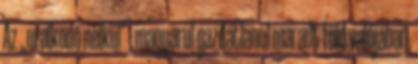
Az „uralkodó nélkül" - magyarul gazdátlanul maradt föld valójában,